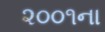
૨૦૦૧ના